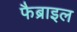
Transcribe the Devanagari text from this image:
फैब्राइल